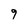
Character: 9